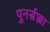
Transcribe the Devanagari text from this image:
पुनर्सज्जा